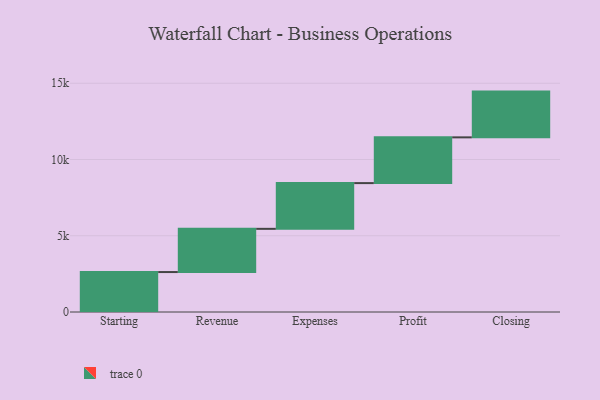
{"axis": {"x": "Step", "y": "Value"}, "legend": [""], "data": [{"x": "Starting", "y": 2620.0, "type": ""}, {"x": "Revenue", "y": 2833.0, "type": ""}, {"x": "Expenses", "y": 3000, "type": ""}, {"x": "Profit", "y": 3000, "type": ""}, {"x": "Closing", "y": 3000, "type": ""}]}